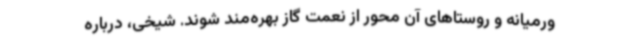
ورمیانه و روستاهای آن محور از نعمت گاز بهره‌مند شوند. شیخی، درباره